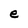
Character: e